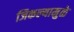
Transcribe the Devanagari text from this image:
जिकल्यामुळे